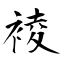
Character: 裬